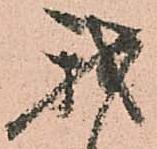
我